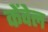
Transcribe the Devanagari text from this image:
केंवेल